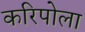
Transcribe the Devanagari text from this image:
करिपोला